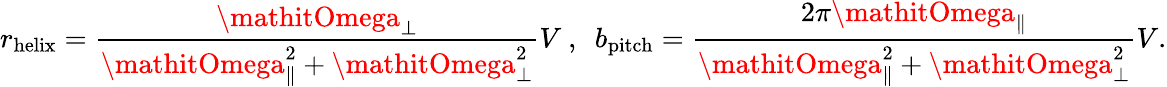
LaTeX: r_{\textrm{helix}}=\frac{\mathitOmega_{\perp}}{\mathitOmega_{\| }^{2}+\mathitOmega_{\perp}^{2}}V~,~~b_{\textrm{pitch}}=\frac{2\pi\mathitOmega_{\| }}{\mathitOmega_{\| }^{2}+\mathitOmega_{\perp}^{2}}V.